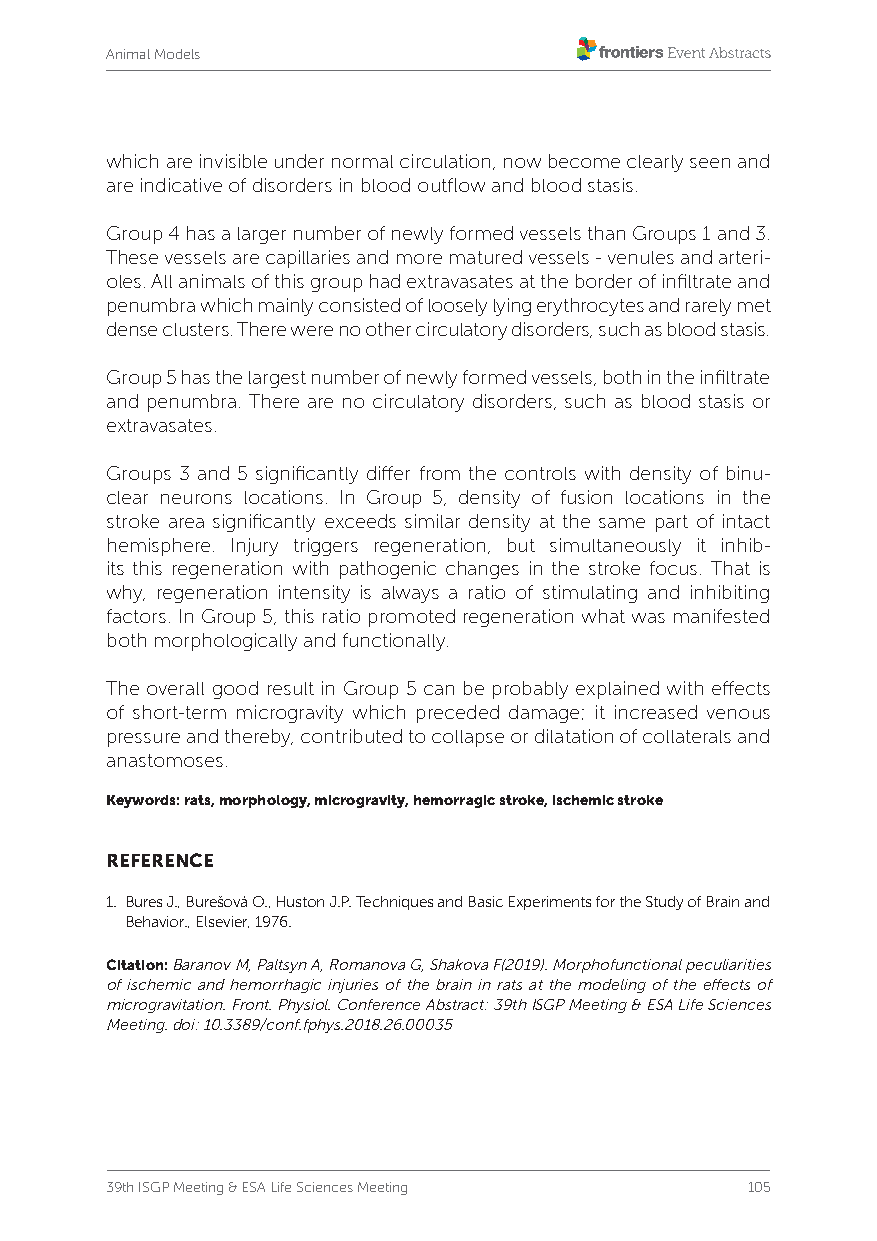
Animal Models
 which are invisible under normal circulation, now become clearly seen and
 are indicative of disorders in blood outflow and blood stasis.
 Group 4 has a larger number of newly formed vessels than Groups 1 and 3.
 These vessels are capillaries and more matured vessels - venules and arteri-
 oles. All animals of this group had extravasates at the border of infiltrate and
 penumbra which mainly consisted of loosely lying erythrocytes and rarely met
 dense clusters. There were no other circulatory disorders, such as blood stasis.
 Group 5 has the largest number of newly formed vessels, both in the infiltrate
 and penumbra. There are no circulatory disorders, such as blood stasis or
 extravasates.
 Groups 3 and 5 significantly differ from the controls with density of binu-
 clear neurons locations. In Group 5, density of fusion locations in the
 stroke area significantly exceeds similar density at the same part of intact
 hemisphere. Injury triggers regeneration, but simultaneously it inhib-
 its this regeneration with pathogenic changes in the stroke focus. That is
 why, regeneration intensity is always a ratio of stimulating and inhibiting
 factors. In Group 5, this ratio promoted regeneration what was manifested
 both morphologically and functionally.
 The overall good result in Group 5 can be probably explained with effects
 of short-term microgravity which preceded damage; it increased venous
 pressure and thereby, contributed to collapse or dilatation of collaterals and
 anastomoses.
 Keywords: rats, morphology, microgravity, hemorragic stroke, ischemic stroke
 REFERENCE
 1. Bures J., Burešová O., Huston J.P. Techniques and Basic Experiments for the Study of Brain and
 Behavior., Elsevier, 1976.
 Citation: Baranov M, Paltsyn A, Romanova G, Shakova F(2019). Morphofunctional peculiarities
 of ischemic and hemorrhagic injuries of the brain in rats at the modeling of the effects of
 microgravitation. Front. Physiol. Conference Abstract: 39th ISGP Meeting & ESA Life Sciences
 Meeting. doi: 10.3389/conf.fphys.2018.26.00035
 39th ISGP Meeting & ESA Life Sciences Meeting 105